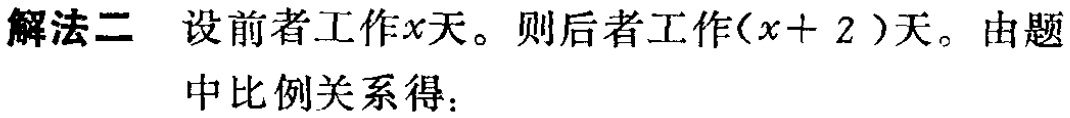
解法二 设前者工作\(x\)天。则后者工作\((x + 2)\)天。由题

中比例关系得：